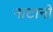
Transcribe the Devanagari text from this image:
नाटानी